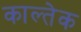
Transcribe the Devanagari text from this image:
काल्तेक